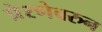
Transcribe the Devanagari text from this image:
प्रेरणेवरुन